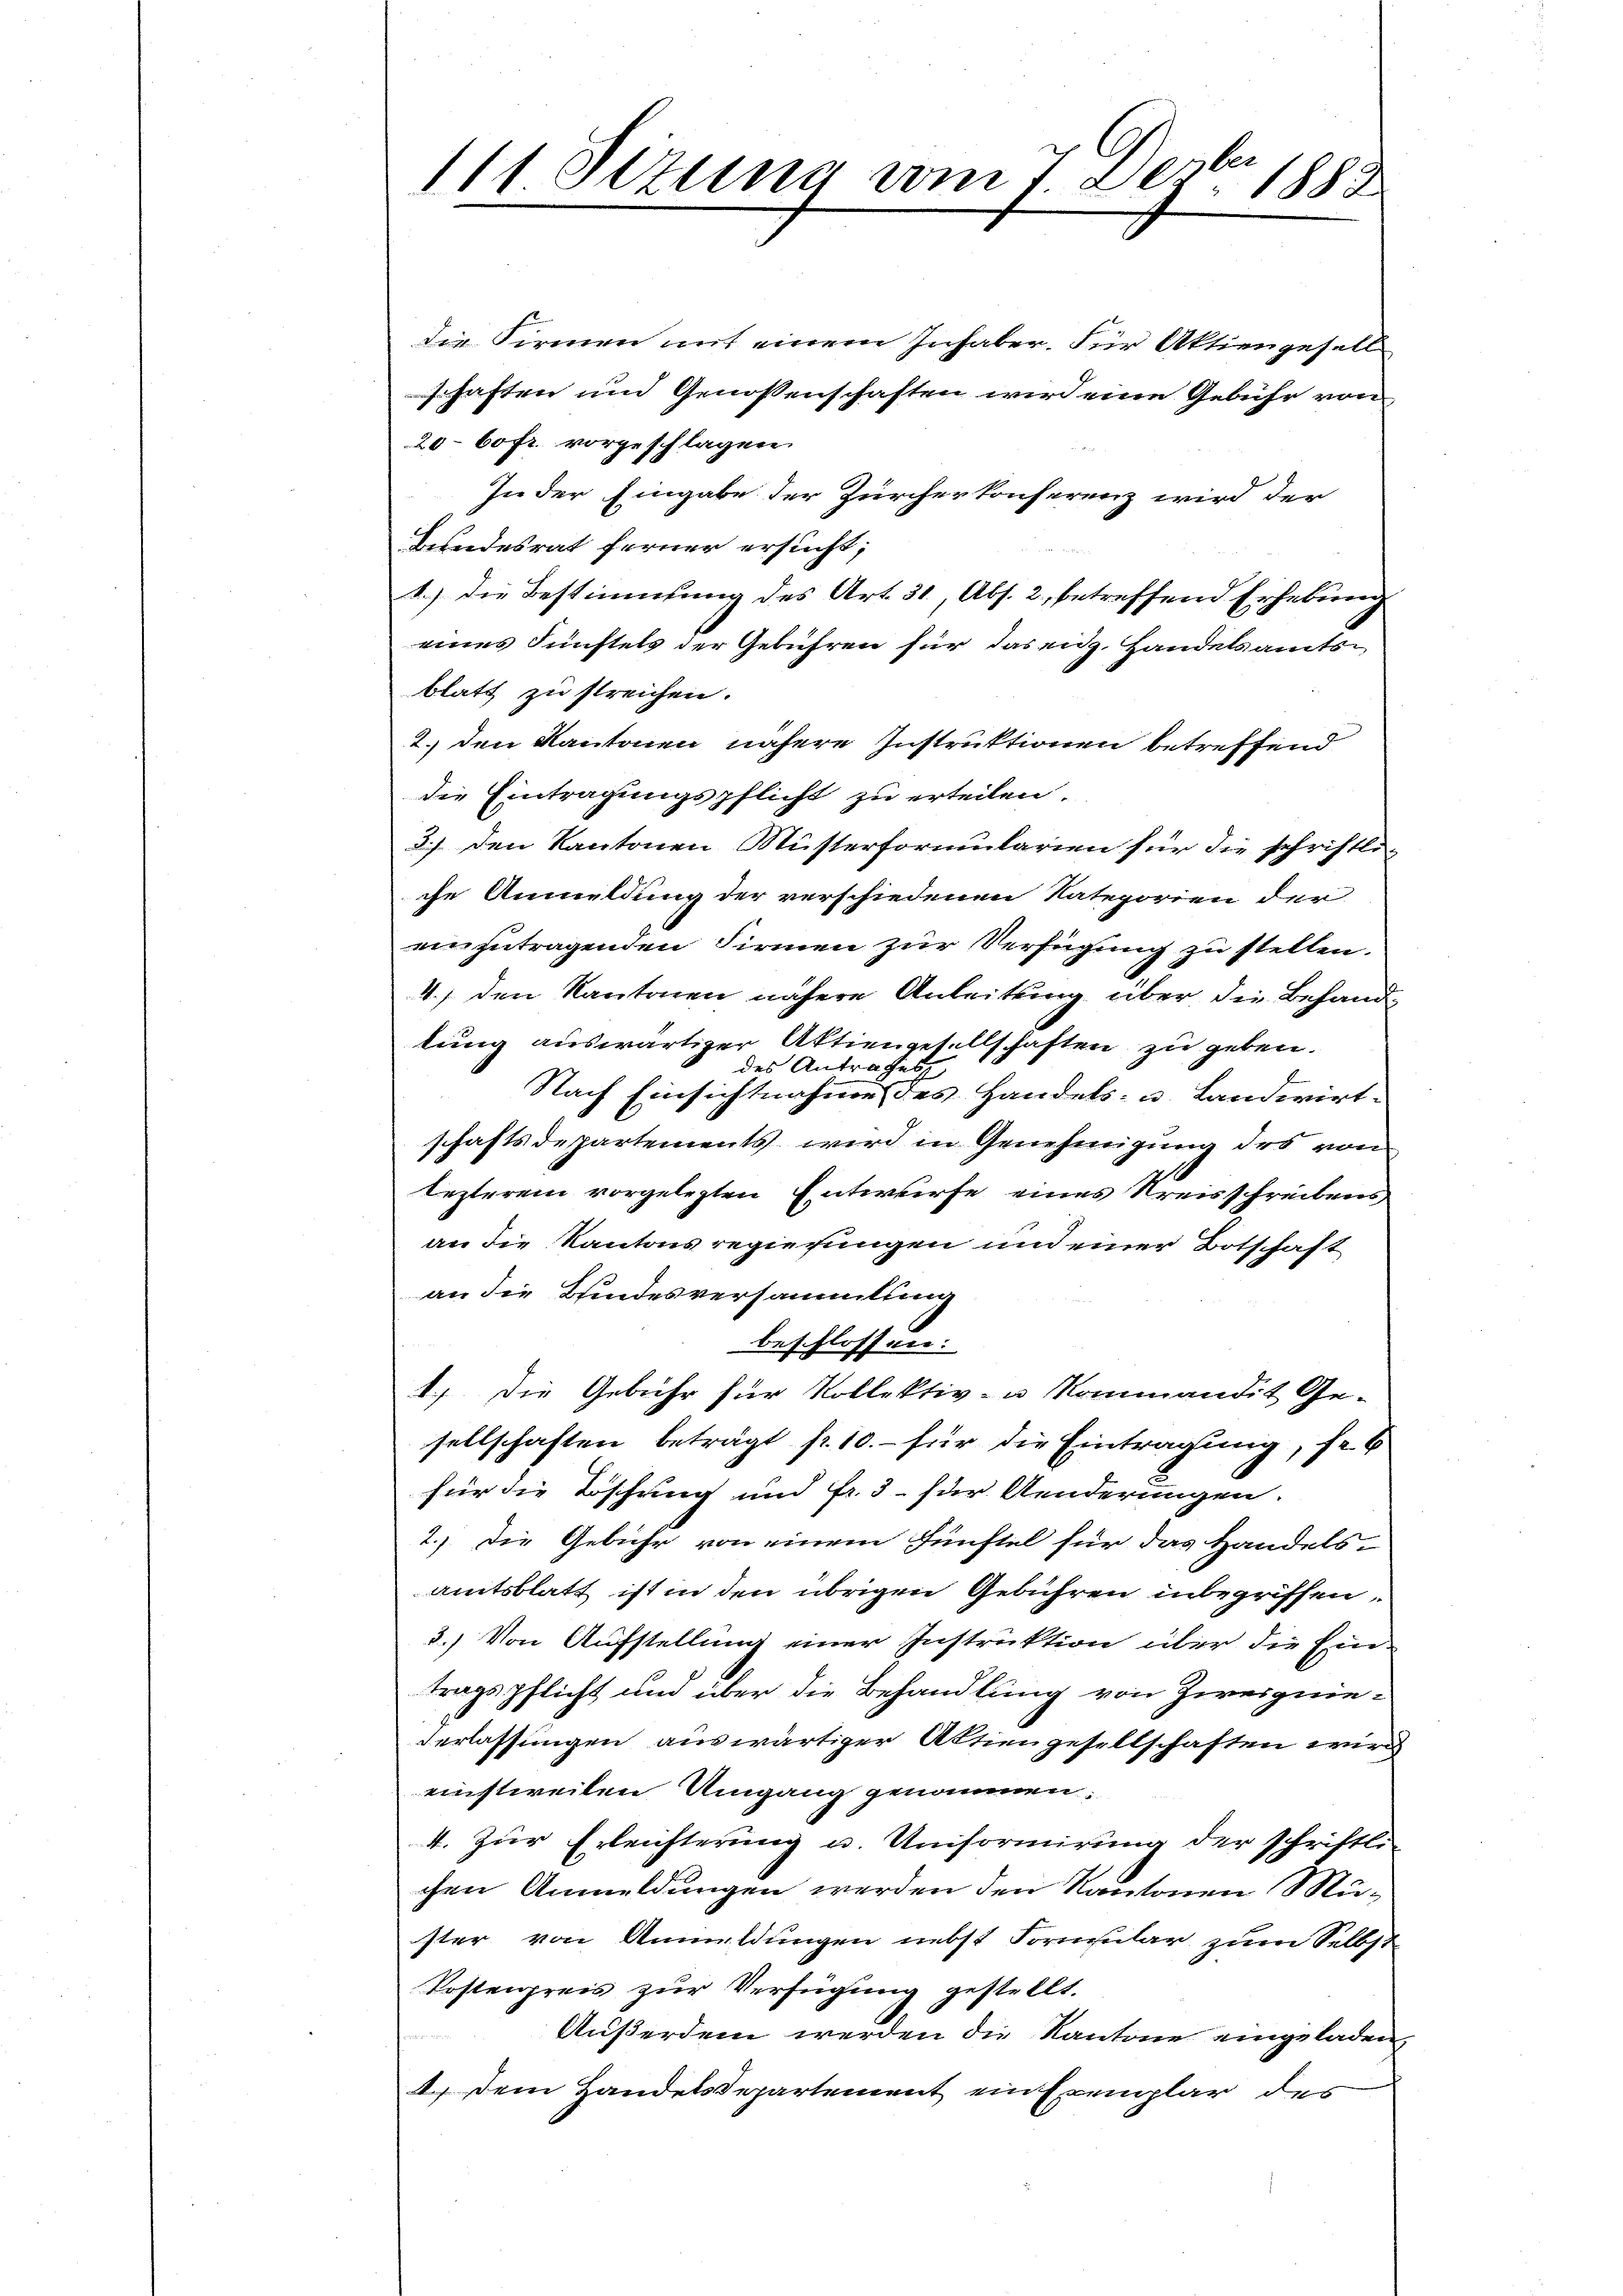
111. Setung vom 7. De
No. 1883.

die Firmen mit einem Inhaber. Für Aktiengesell
schaften und Genossenschaften wird eine Gebühr von
20-60 fr. vorgeschlagen.
In der Eingabe der Zürcherkonferenz wird der
Bundesrat ferner ersucht;
1.) Die Bestimmung des Art. 31, Abs. 2, betreffend Erhebung
eines Fünftels der Gebühren für das eng. Handelsamtsblatt zu streichen.
1. den Kantonen nähere Instruktionen betreffend
die Eintragungspflicht zu erteilen.
2.) Den Kantonen Musterformularien für die schriftliche Anmeldung der verschiedenen Kategorien der
einzutragenden Firmen zur Verfügung zu stellen.
4.) den Kantonen nähere Anleitung über die Behandtung auswärtiger Aktiengesellschaften zu geben.
des Antrages
Nach Einsichtnahme des Handels- u. Landwirtschaftsdepartements wird in Genehmigung des von
tezterem vorgelegten Entwurfe eines Kreisschreibens
an die Kantons regierungen und einer Botschaft
an die Bindesversammlung
beschlossen:
1.) Die Gebühr für Kollektiv- u Kommandit Ge-
sellschaften beträgt f. 10.- für die Eintragung, so
für die Böschung und Fr. 3. für Aenderungen.
2.) Die Gebühr von einem Fünftel für das Handels-
amtsblatt ist in den übrigen Gebühren inbegriffen,
3.) Von Aufstellung einer Instruktion über die Eintragspflicht und über die Behandlung von Zweignie-
derlassungen auswärtiger Aktiengesellschaften wird
einstweilen Umgang genommen.
4. Zur Erleichterung u. Uniformirung der schriftli-
chen Anmeldungen werden den Kantonen Muster von Anmeldungen nebst Formular zum Selbst
Kostenpreis zur Verfügung gestellt.
Außerdem werden die Kantone eingeladen,
4.) Dem Handelsdepartement ein Exemplar des